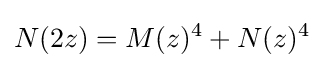
N(2z)=M(z)^{4}+N(z)^{4}